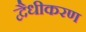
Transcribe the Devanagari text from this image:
द्वैधीकरण